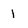
Character: 1